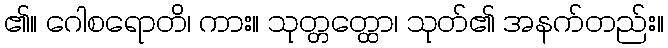
၏။ ဂေါစရောတိ၊ ကား။ သုတ္တတ္ထော၊ သုတ်၏ အနက်တည်း။